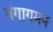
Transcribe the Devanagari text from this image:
गंगागमन